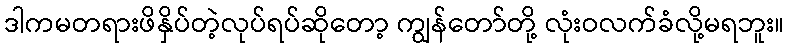
ဒါကမတရားဖိနှိပ်တဲ့လုပ်ရပ်ဆိုတော့ ကျွန်တော်တို့ လုံးဝလက်ခံလို့မရဘူး။